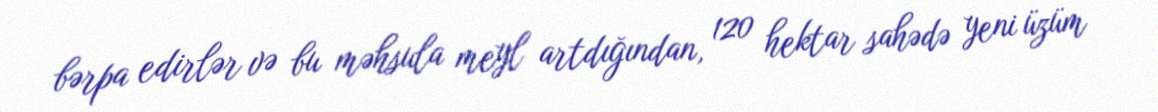
bərpa edirlər və bu məhsula meyl artdığından, 120 hektar sahədə yeni üzüm